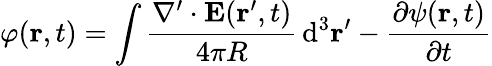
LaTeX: \varphi(\mathbf{r},t)=\int{\frac{\nabla^{\prime}\cdot{\mathbf{E}}(\mathbf{r}^{\prime},t)}{4\pi R}}\operatorname{d}\! ^{3}\mathbf{r}^{\prime}-{\frac{\partial{\psi(\mathbf{r},t)}}{\partial t}}